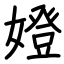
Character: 嬁